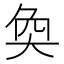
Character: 奐